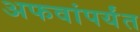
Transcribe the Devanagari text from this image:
अफवांपर्यंत